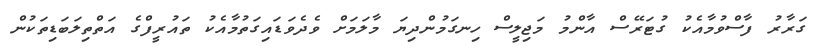
ގަރާރު ފާސްވުމާއެކު ގުޓަރޭސް އާންމު މަޖިލީސް ހިނގަމުންދިޔަ މާލަމަށް ވެދެވަޑައިގަތުމާއެކު ތައުރީފްގެ އަތްތިލަބަޑިތަކުން